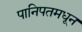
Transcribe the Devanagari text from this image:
पानिपतमधून